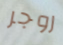
روجر